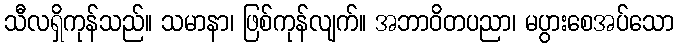
သီလရှိကုန်သည်။ သမာနာ၊ ဖြစ်ကုန်လျက်။ အဘာဝိတပညာ၊ မပွားစေအပ်သော